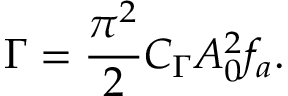
\Gamma = \frac { \pi ^ { 2 } } { 2 } C _ { \Gamma } A _ { 0 } ^ { 2 } f _ { a } .